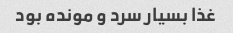
غذا بسیار سرد و مونده بود